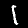
Digit: 1